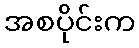
အစပိုင်းက